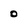
Character: 0